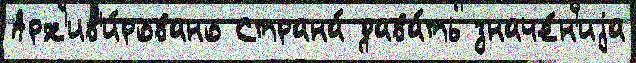
Арх'ив'и́ровано Страна́ дава́ть значе́н'иjа